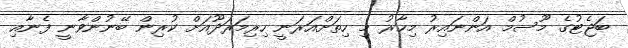
ބަޖެޓުގެ މޫސުމް އަންނައިރު މިހާރު މި ހިތަށްއަރަނީ ހިރިމަރަދޫއަށް ކުރިން ބޭނުންވާނީ ފެނާއި